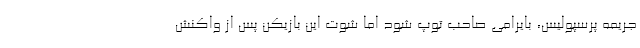
جریمه پرسپولیس، بایرامی صاحب توپ شود اما شوت این بازیکن پس از واکنش